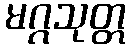
မဂ္ဂသုတ္တ